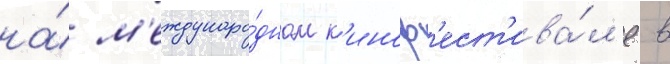
на́ м'еждунаро́дном к'иноф'ест'ива́л'е в